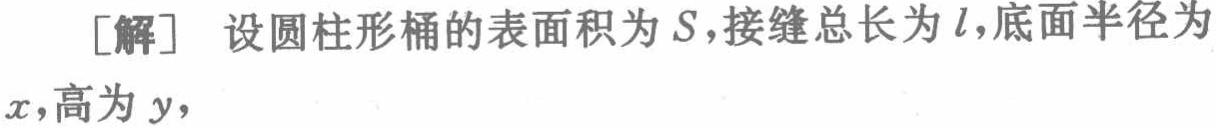
[解] 设圆柱形桶的表面积为\(S\)，接缝总长为\(l\)，底面半径为\(x\)，高为\(y\)，